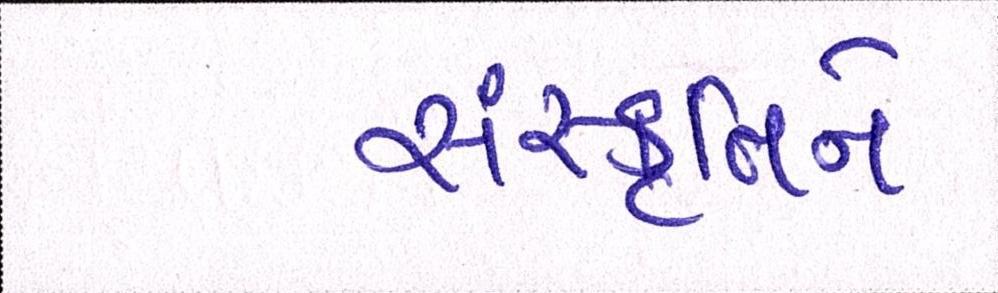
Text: સંસ્કૃતિને